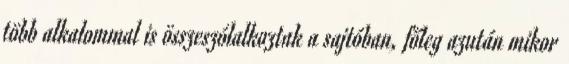
több alkalommal is összeszólalkoztak a sajtóban, főleg azután mikor